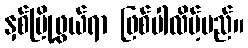
နှစ်မြို့ဖွယ်ရာ ဖြစ်ပါလိမ့်မည်။